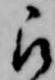
被